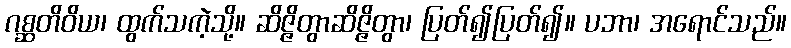
ဂစ္ဆတိဝိယ၊ ထွက်သကဲ့သို့။ ဆိဇ္ဇိတွာဆိဇ္ဇိတွာ၊ ပြတ်၍ပြတ်၍။ ပဘာ၊ အရောင်သည်။